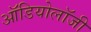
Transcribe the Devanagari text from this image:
ऑडियोलॉजी